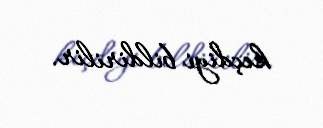
keçdiyi bildirilir.